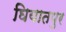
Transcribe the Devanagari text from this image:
घियातपुर